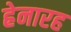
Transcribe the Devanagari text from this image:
ह्रेनारह